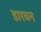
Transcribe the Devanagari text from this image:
डारवन